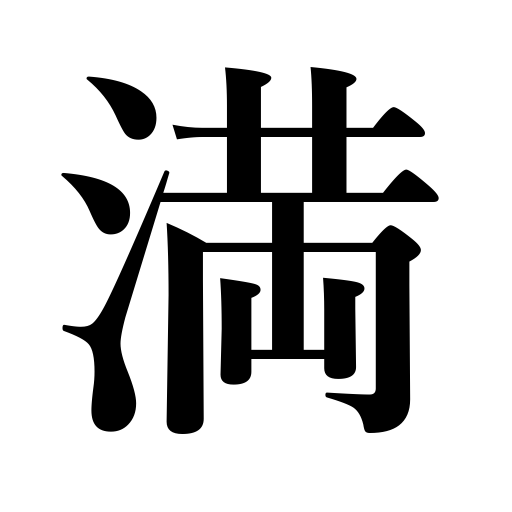
Meanings: be full,pride,fullness,rise tides,supply,expire,answer the need,a full year,make good,meet the demand,enough,satisfy,fill,fulfillment,a full five years,appease,mature,full,fully